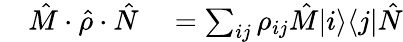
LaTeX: \begin{array}{rl}{\quad\hat{M}\cdot\hat{\rho}\cdot\hat{N}}&{{}=\sum_{ij}\rho_{ij}\hat{M}|i\rangle\langle j|\hat{N}}\end{array}